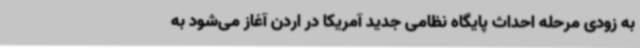
به زودی مرحله احداث پایگاه نظامی جدید آمریکا در اردن آغاز می‌شود به